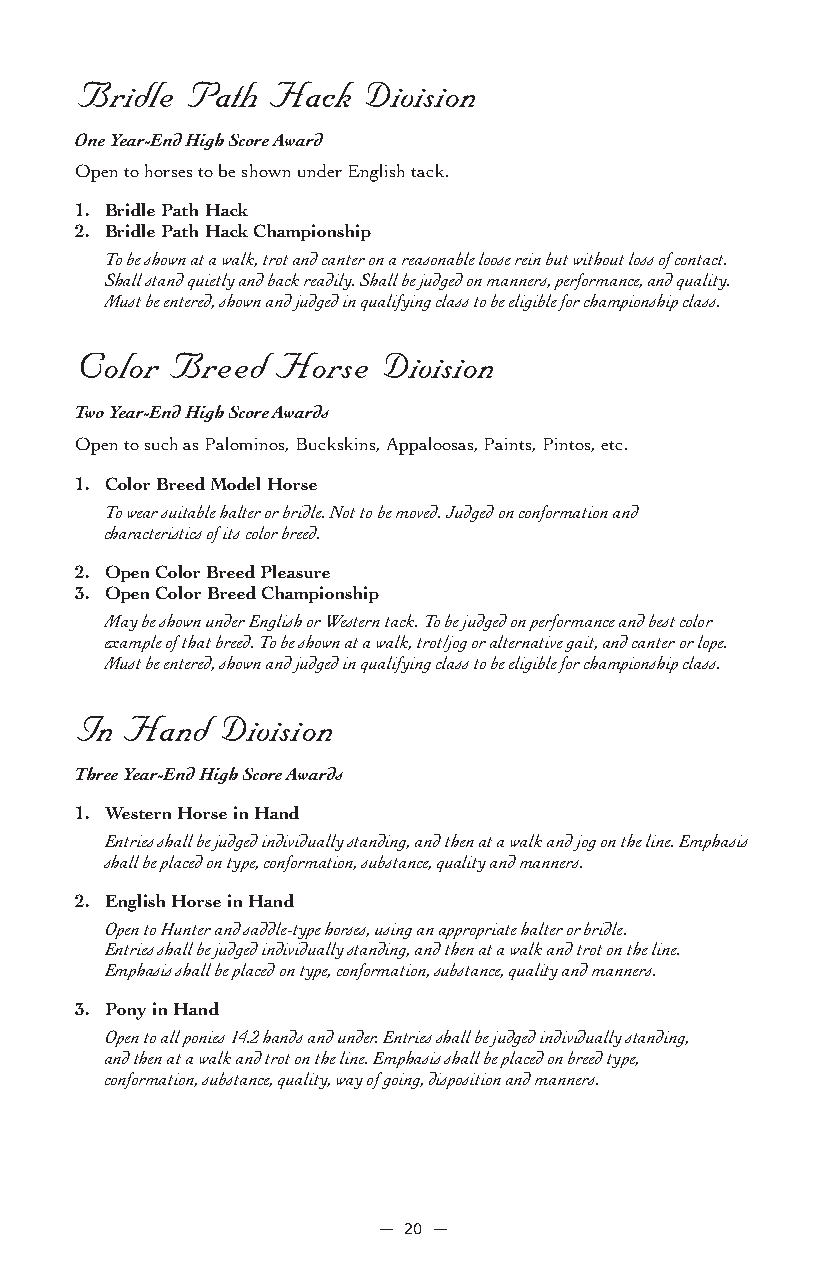
Bridle Path  Hack  Division
 One Year-End High Score Award
 Open to horses to be shown under English tack.
 1. Bridle Path Hack
 2. Bridle Path Hack Championship
 To be shown at a walk, trot and canter on a reasonable loose rein but without loss of contact.
 Shall stand quietly and back readily. Shall be judged on manners, performance, and quality.
 Must be entered, shown and judged in qualifying class to be eligible for championship class.
 Color Breed  Horse  Division
 Two Year-End High Score Awards
 Open to such as Palominos, Buckskins, Appaloosas, Paints, Pintos, etc.
 1. Color Breed Model Horse
 To wear suitable halter or bridle. Not to be moved. Judged on conformation and
 characteristics of its color breed.
 2. Open Color Breed Pleasure
 3. Open Color Breed Championship
 May be shown under English or Western tack. To be judged on performance and best color
 example of that breed. To be shown at a walk, trot/jog or alternative gait, and canter or lope.
 Must be entered, shown and judged in qualifying class to be eligible for championship class.
 In Hand  Division
 Three Year-End High Score Awards
 1. Western Horse in Hand
 Entries shall be judged individually standing, and then at a walk and jog on the line. Emphasis
 shall be placed on type, conformation, substance, quality and manners.
 2. English Horse in Hand
 Open to Hunter and saddle-type horses, using an appropriate halter or bridle.
 Entries shall be judged individually standing, and then at a walk and trot on the line.
 Emphasis shall be placed on type, conformation, substance, quality and manners.
 3. Pony in Hand
 Open to all ponies 14.2 hands and under. Entries shall be judged individually standing,
 and then at a walk and trot on the line. Emphasis shall be placed on breed type,
 conformation, substance, quality, way of going, disposition and manners.
 — 20 —